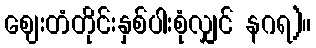
ဈေးတံတိုင်းနှစ်ပါးစုံလျှင် နဂရ)။